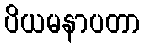
ပိယမနာပတာ